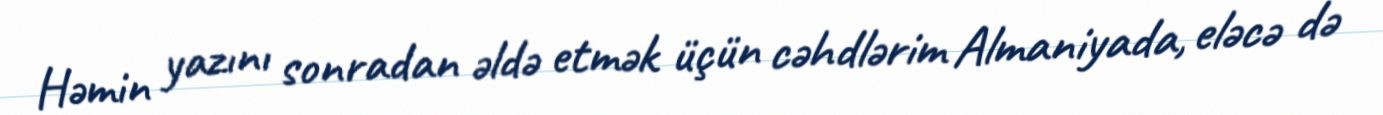
Həmin yazını sonradan əldə etmək üçün cəhdlərim Almaniyada, eləcə də